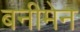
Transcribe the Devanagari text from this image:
बनीमेन